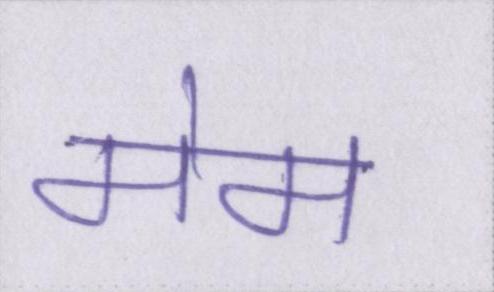
मेम